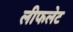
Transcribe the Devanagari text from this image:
लीफलेट